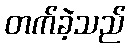
တက်ခဲ့သည်